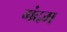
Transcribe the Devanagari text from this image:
गंदम